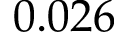
0 . 0 2 6